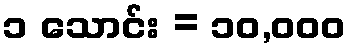
၁ သောင်း = ၁၀,၀၀၀